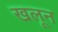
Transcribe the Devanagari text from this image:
खलून